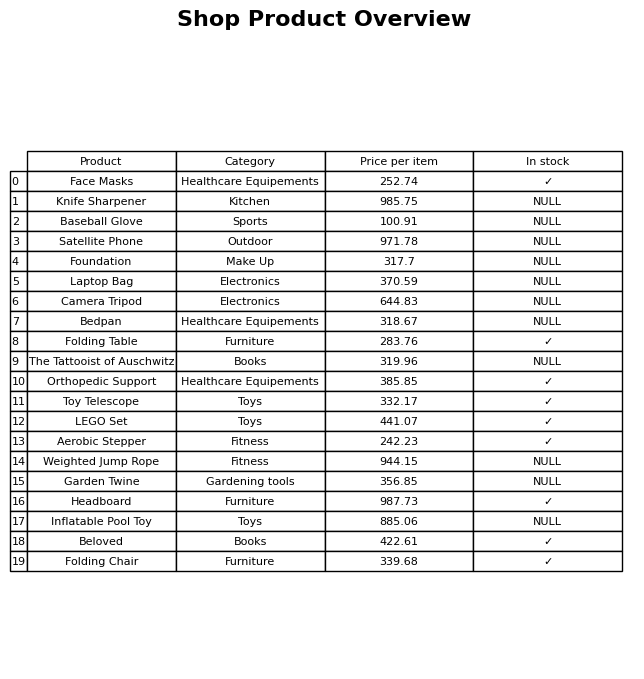
question: Is the Face Masks in stock?
answer: ✓